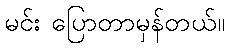
မင်း ပြောတာမှန်တယ်။